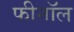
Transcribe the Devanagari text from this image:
फीनॉल